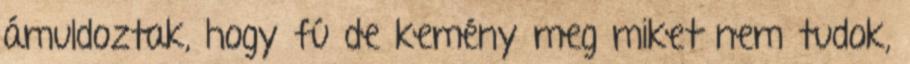
ámuldoztak, hogy fú de kemény meg miket nem tudok,